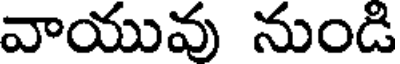
వాయువు నుండి